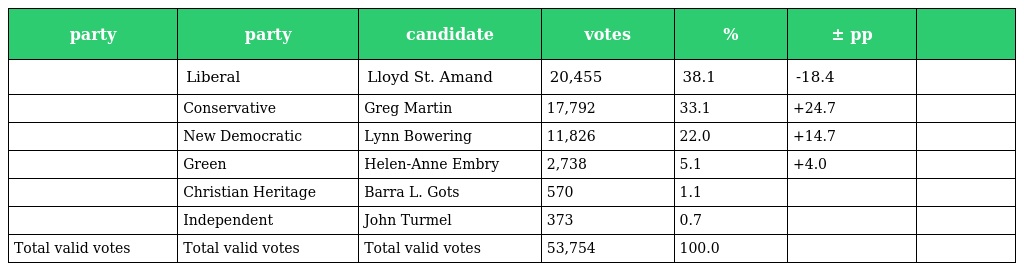
| party | party | candidate | votes | % | ± pp |  |
 | --- | --- | --- | --- | --- | --- | --- |
 |  | Liberal | Lloyd St. Amand | 20,455 | 38.1 | -18.4 |  |
 |  | Conservative | Greg Martin | 17,792 | 33.1 | +24.7 |  |
 |  | New Democratic | Lynn Bowering | 11,826 | 22.0 | +14.7 |  |
 |  | Green | Helen-Anne Embry | 2,738 | 5.1 | +4.0 |  |
 |  | Christian Heritage | Barra L. Gots | 570 | 1.1 |  |  |
 |  | Independent | John Turmel | 373 | 0.7 |  |  |
 | Total valid votes | Total valid votes | Total valid votes | 53,754 | 100.0 |  |  |